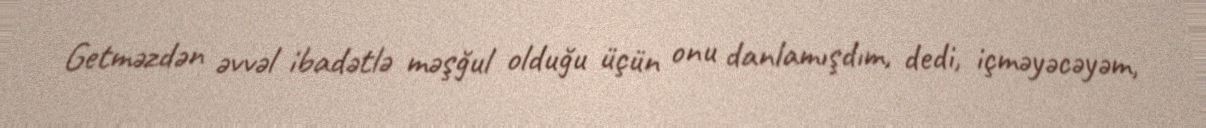
Getməzdən əvvəl ibadətlə məşğul olduğu üçün onu danlamışdım, dedi, içməyəcəyəm,